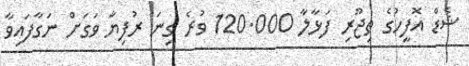
ޝެޑް އޮފީހުގެ ތިޖޫރި ފަޅާލާ 120.000 ވުރެ ގިނަ ރުފިޔާ ވަގަށް ނަގާފައިވާ